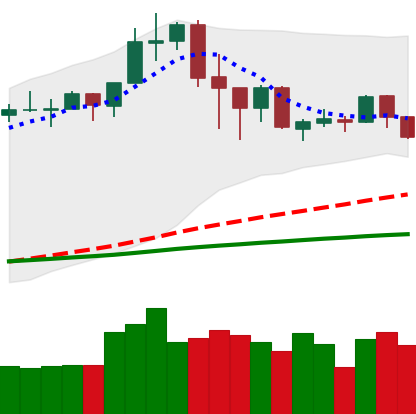
Ticker: ADA-USD
Chart end date: 2020-02-25
Forward return: -18.508%
Label: down_7plus